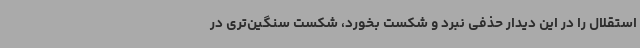
استقلال را در این دیدار حذفی نبرد و شکست بخورد، شکست سنگین‌تری در